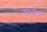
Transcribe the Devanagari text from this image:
सासेबो